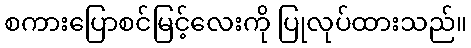
စကားပြောစင်မြင့်လေးကို ပြုလုပ်ထားသည်။